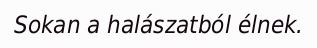
Sokan a halászatból élnek.